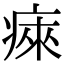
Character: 㾢